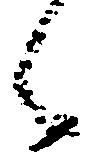
之